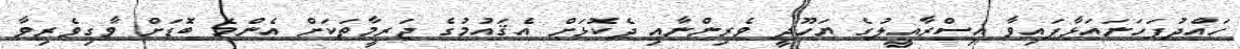
ހައްދުފަހަނައަޅާފައިވާ އިސްރާއީލުގެ ޔަހޫދީ ވެރިންނާއި ދެކޮޅަށް އެޤައުމުގެ ޖަރީމާތަކަށް އެންމެ ބޮޑަށް ވާގިވެރިވާ